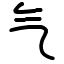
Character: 气